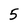
Character: 5